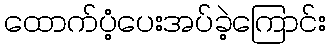
ထောက်ပံ့ပေးအပ်ခဲ့ကြောင်း